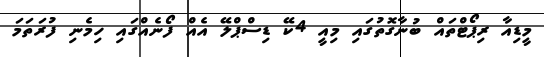
މީޑިއާ ރިޕޯޓްތައް ބުނާގޮތުގައި މިއީ 4ކޭ ޑިސްޕްލޭ އެއް ފޯނެއްގައި ހިމެނި ފުރަތަމަ